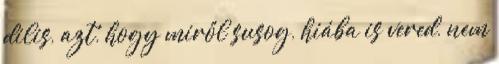
dilis, azt, hogy miről susog, hiába is vered, nem